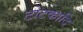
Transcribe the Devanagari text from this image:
टोटकादि